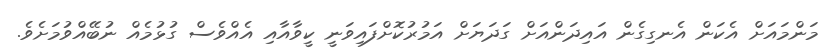
މަންމައަށް އެކަން އެނގިގެން އައިދަންއަށް ގަދަޔަށް އަމުރުކޮށްފައިވަނީ ކީވާއާއި އެއްވެސް ގުޅުމެއް ނުބޭއްވުމަށެވެ.